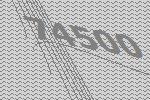
74500